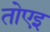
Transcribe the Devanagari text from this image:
तोएइ